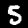
Label: 5